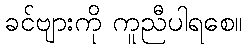
ခင်ဗျားကို ကူညီပါရစေ။